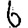
Digit: 6